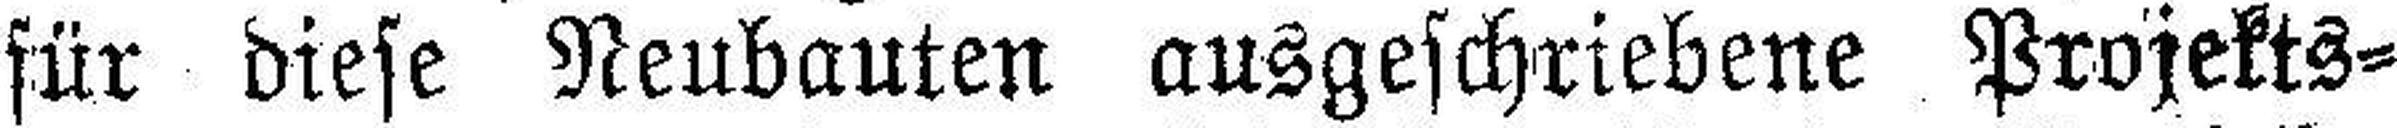
für diese Neubauten ausgeschriebene Projekts¬